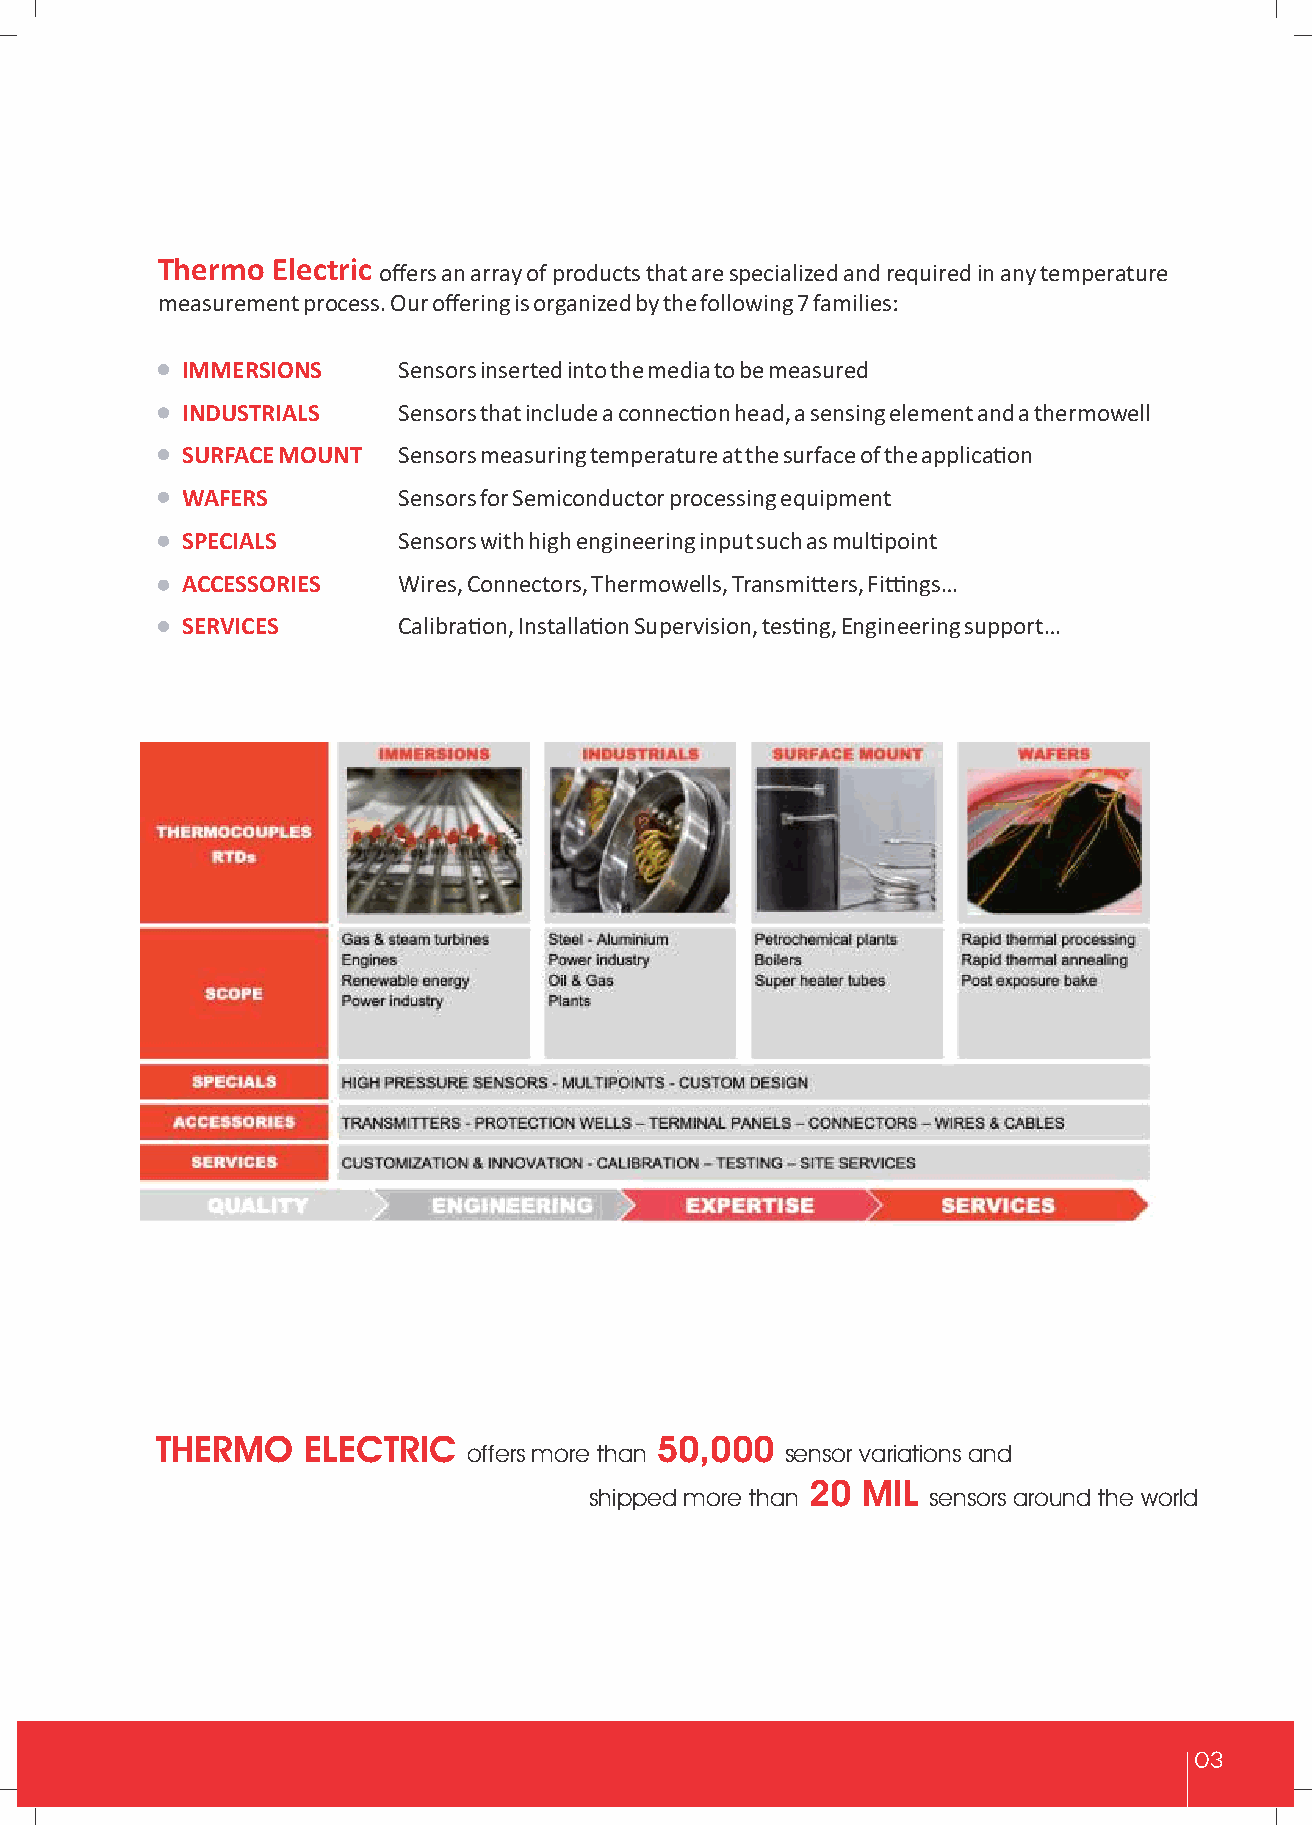
Thermo  Electric
 offers an array of products that are specialized and required in any temperature
 measurement process. Our offering is organized by the following 7 families:
 IMMERSIONS    Sensors inserted into the media to be measured
 INDUSTRIALS   Sensors that include a connecon head, a sensing element and a thermowell
 SURFACE MOUNT Sensors measuring temperature at the surface of the applicaon
 WAFERS        Sensors for Semiconductor processing equipment
 SPECIALS      Sensors with high engineering input such as mulpoint
 ACCESSORIES   Wires, Connectors, Thermowells, Transmiers, Fings…
 SERVICES      Calibraon, Installaon Supervision, tesng, Engineering support…
 THERMO    ELECTRIC               50,000
 offers more than     sensor variations and
 20 MIL
 shipped more than     sensors around the world
 03